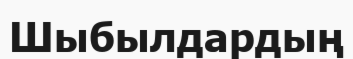
Шыбылдардың